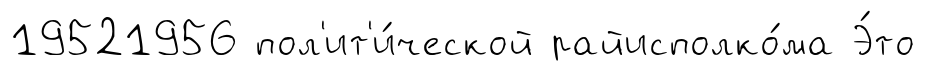
19521956 пол'ит'и́ческой райисполко́ма Э́то